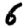
Digit: 6